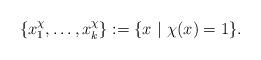
LaTeX: \begin{align*}\{x^\chi_1,\dots,x^{\chi}_k\}:=\{x \ | \ \chi(x)=1\}.\end{align*}